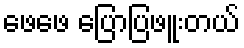
ဖေဖေ ပြောပြဖူးတယ်